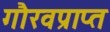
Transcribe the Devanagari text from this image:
गौरवप्राप्त